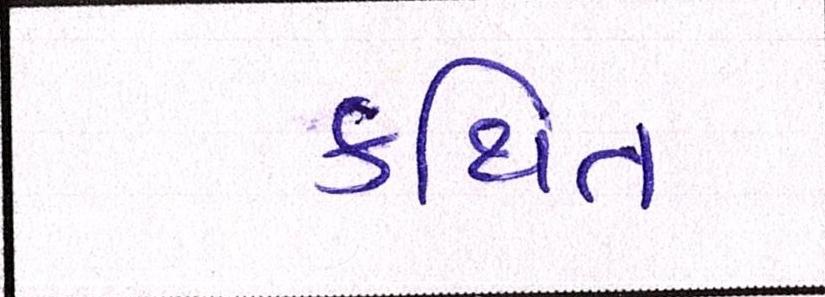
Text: કથિત